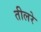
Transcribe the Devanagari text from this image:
तीलरे